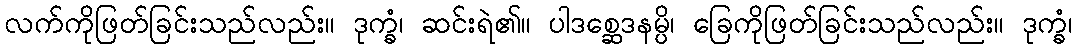
လက်ကိုဖြတ်ခြင်းသည်လည်း။ ဒုက္ခံ၊ ဆင်းရဲ၏။ ပါဒစ္ဆေဒနမ္ပိ၊ ခြေကိုဖြတ်ခြင်းသည်လည်း။ ဒုက္ခံ၊